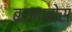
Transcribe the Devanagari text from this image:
बर्नाबोस